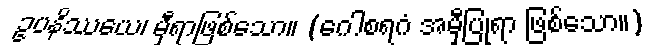
ဥပနိဿယေ၊ မှီရာဖြစ်သော။ (ဂေါစရဂံ အမှီပြုရာ ဖြစ်သော။)